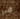
في